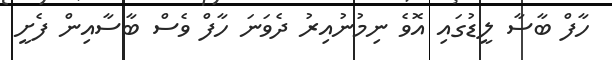
ހާފް ބާސާ ލީޑުގައި އޮވެ ނިމުނުއިރު ދެވަނަ ހާފް ވެސް ބާސާއިން ފެށީ